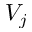
V _ { j }